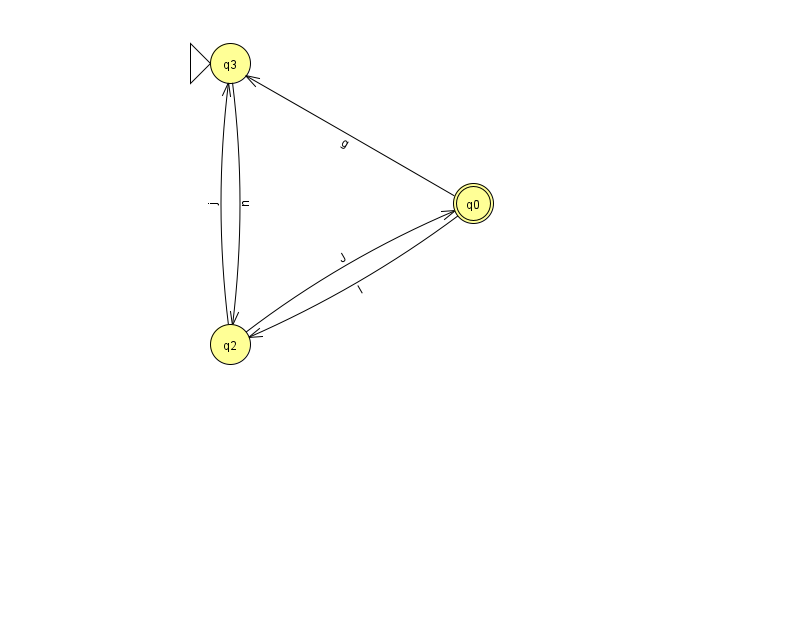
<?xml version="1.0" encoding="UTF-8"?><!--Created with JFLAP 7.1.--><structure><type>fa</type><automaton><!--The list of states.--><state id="0" name="q0"><x>473.0</x><y>190.0</y><final/></state><state id="2" name="q2"><x>230.0</x><y>331.0</y></state><state id="3" name="q3"><x>230.0</x><y>50.0</y><initial/></state><!--The list of transitions.--><transition><from>2</from><to>3</to><read>j</read></transition><transition><from>0</from><to>2</to><read>I</read></transition><transition><from>2</from><to>0</to><read>J</read></transition><transition><from>3</from><to>2</to><read>u</read></transition><transition><from>0</from><to>3</to><read>g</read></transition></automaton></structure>